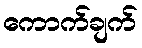
ကောက်ချက်